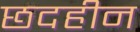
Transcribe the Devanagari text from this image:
छदहीन